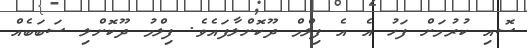
ސޮއި ކުރުމަށް ފަހު އެ އެ ފިލްމް ދޫކޮށްލާފައެވެ. ފިލްމު ދޫކޮށްލި ސަބަބެއް